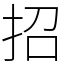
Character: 招